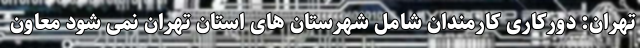
تهران: دورکاری کارمندان شامل شهرستان های استان تهران نمی شود معاون